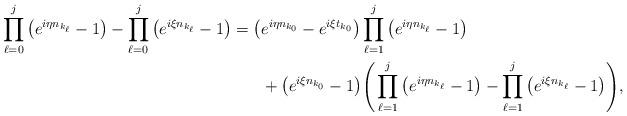
LaTeX: \begin{align*}\prod_{\ell=0}^j \big(e^{i\eta n_{k_\ell}}-1\big)-\prod_{\ell=0}^j\big(e^{i\xi n_{k_\ell}}-1\big)=\big(& e^{i\eta n_{k_0}}-e^{i\xi t_{k_0}} \big)\prod_{\ell=1}^j\big( e^{i\eta n_{k_\ell}}-1 \big)\\&+\big(e^{i\xi n_{k_0}}-1\big)\Bigg(\prod_{\ell=1}^j\big(e^{i\eta n_{k_\ell}}-1\big)-\prod_{\ell=1}^j\big(e^{i\xi n_{k_\ell}}-1\big) \Bigg),\end{align*}